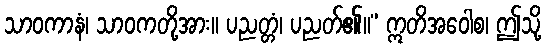
သာဝကာနံ၊ သာဝကတို့အား။ ပညတ္တံ၊ ပညတ်၏။” ဣတိအဝေါစ၊ ဤသို့